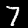
Digit: 7